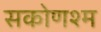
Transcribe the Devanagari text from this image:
सकोणश्म